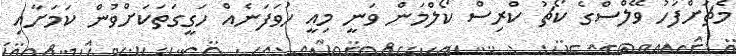
މެޗަށްފަހު ވޭލްސްގެ ކޯޗު ކްރިސް ކޯލްމަން ވަނީ މިއީ ހުވަފަނެއް ހަގީގަތަކަށްވުން ކަމަށާއި